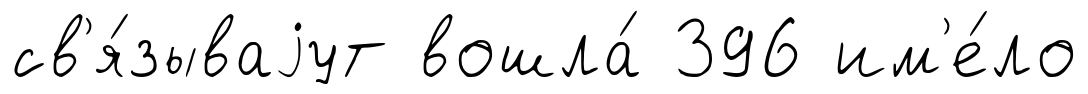
св'я́зываjут вошла́ 396 им'е́ло